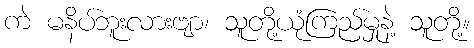
ကဲ မနိပ်ဘူးလားဗျာ၊ သူတို့ယုံကြည်မှုနဲ့ သူတို့။